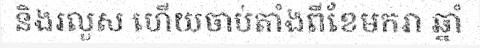
និងរលួស ហើយចាប់តាំងពីខែមករា ឆ្នាំ